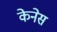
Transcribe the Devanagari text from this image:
केनेस